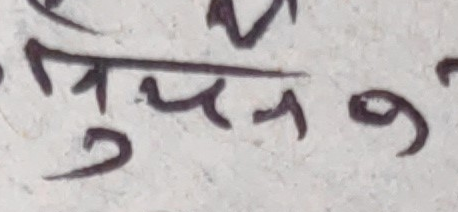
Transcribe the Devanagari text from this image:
जुप न ९